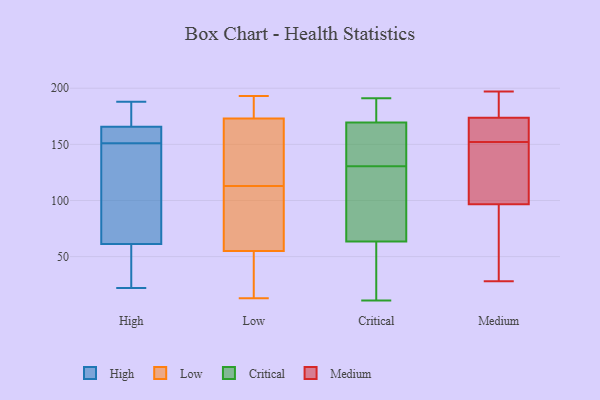
{"axis": {"x": "Production Output", "y": "Value"}, "legend": ["Critical", "High", "Low", "Medium"], "data": [{"x": "", "y": 151, "type": "High"}, {"x": "", "y": 166, "type": "High"}, {"x": "", "y": 177, "type": "High"}, {"x": "", "y": 95, "type": "High"}, {"x": "", "y": 50, "type": "High"}, {"x": "", "y": 188, "type": "High"}, {"x": "", "y": 22, "type": "High"}, {"x": "", "y": 118, "type": "High"}, {"x": "", "y": 158, "type": "High"}, {"x": "", "y": 30, "type": "High"}, {"x": "", "y": 165, "type": "High"}, {"x": "", "y": 13, "type": "Low"}, {"x": "", "y": 163, "type": "Low"}, {"x": "", "y": 61, "type": "Low"}, {"x": "", "y": 165, "type": "Low"}, {"x": "", "y": 63, "type": "Low"}, {"x": "", "y": 193, "type": "Low"}, {"x": "", "y": 55, "type": "Low"}, {"x": "", "y": 173, "type": "Low"}, {"x": "", "y": 175, "type": "Low"}, {"x": "", "y": 36, "type": "Low"}, {"x": "", "y": 169, "type": "Critical"}, {"x": "", "y": 72, "type": "Critical"}, {"x": "", "y": 14, "type": "Critical"}, {"x": "", "y": 25, "type": "Critical"}, {"x": "", "y": 183, "type": "Critical"}, {"x": "", "y": 180, "type": "Critical"}, {"x": "", "y": 143, "type": "Critical"}, {"x": "", "y": 137, "type": "Critical"}, {"x": "", "y": 161, "type": "Critical"}, {"x": "", "y": 170, "type": "Critical"}, {"x": "", "y": 55, "type": "Critical"}, {"x": "", "y": 182, "type": "Critical"}, {"x": "", "y": 77, "type": "Critical"}, {"x": "", "y": 124, "type": "Critical"}, {"x": "", "y": 101, "type": "Critical"}, {"x": "", "y": 165, "type": "Critical"}, {"x": "", "y": 191, "type": "Critical"}, {"x": "", "y": 102, "type": "Critical"}, {"x": "", "y": 11, "type": "Critical"}, {"x": "", "y": 13, "type": "Critical"}, {"x": "", "y": 95, "type": "Medium"}, {"x": "", "y": 197, "type": "Medium"}, {"x": "", "y": 165, "type": "Medium"}, {"x": "", "y": 159, "type": "Medium"}, {"x": "", "y": 170, "type": "Medium"}, {"x": "", "y": 190, "type": "Medium"}, {"x": "", "y": 28, "type": "Medium"}, {"x": "", "y": 71, "type": "Medium"}, {"x": "", "y": 151, "type": "Medium"}, {"x": "", "y": 102, "type": "Medium"}, {"x": "", "y": 186, "type": "Medium"}, {"x": "", "y": 120, "type": "Medium"}, {"x": "", "y": 152, "type": "Medium"}, {"x": "", "y": 152, "type": "Medium"}, {"x": "", "y": 119, "type": "Medium"}, {"x": "", "y": 175, "type": "Medium"}, {"x": "", "y": 82, "type": "Medium"}, {"x": "", "y": 180, "type": "Medium"}, {"x": "", "y": 74, "type": "Medium"}]}